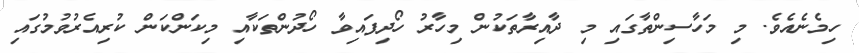
ހިމެނެއެވެ. މި މަހާސިންތާގައި މި ދާއިރާތަކުން މިހާރު ހޯދިފައިވާ ހޯދުންތަކާއި މިކަންކަން ކުރިއެރުވުމުގައި